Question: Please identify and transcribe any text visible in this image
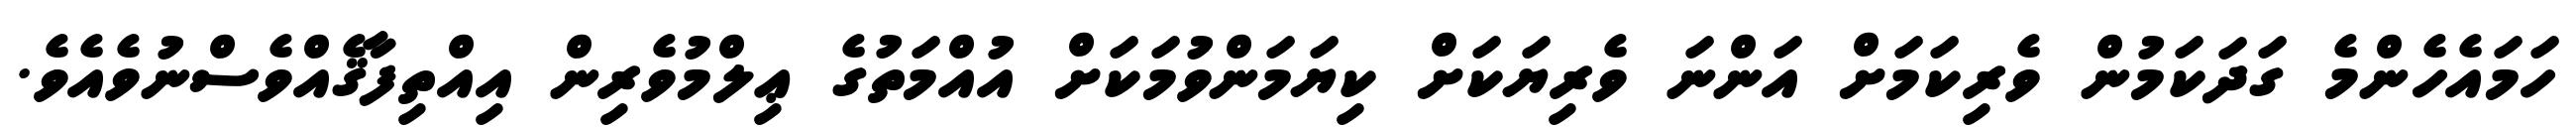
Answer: ހަމައެހެންމެ ގަދަކަމުން ވެރިކަމަށް އަންނަ ވެރިޔަކަށް ކިޔަމަންވުމަކަށް އުއްމަތުގެ ޢިލްމުވެރިން އިއްތިފާޤެއްވެސްނުވެއެވެ.